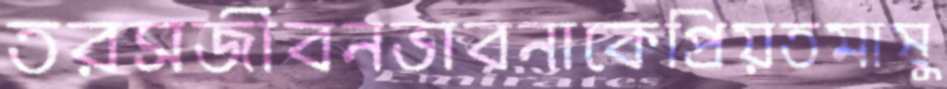
তরসজীবনভাবনাকেপ্রিয়তমাষু